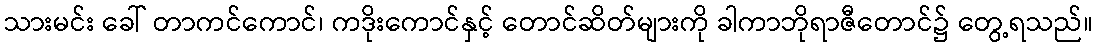
သားမင်း ခေါ် တာကင်ကောင်၊ ကဒိုးကောင်နှင့် တောင်ဆိတ်များကို ခါကာဘိုရာဇီတောင်၌ တွေ့ရသည်။